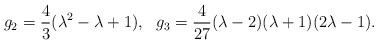
LaTeX: \begin{align*} g_2 = \frac43(\lambda^2 - \lambda +1), ~~ g_3 = \frac4{27}(\lambda -2)(\lambda +1)(2\lambda -1). \end{align*}